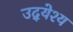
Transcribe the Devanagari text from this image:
उद्‍येश्य